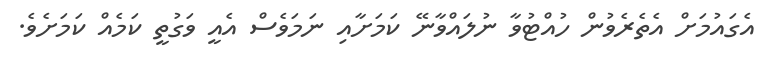
އެގައުމަށް އެތެރެވުން ހުއްޓުވާ ނުލައްވާނޭ ކަމަށާއި ނަމަވެސް އެއީ ވަގުތީ ކަމެއް ކަމަށެވެ.